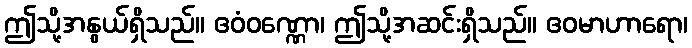
ဤသို့အနွယ်ရှိသည်။ ဧဝံဝဏ္ဏော၊ ဤသို့အဆင်းရှိသည်။ ဧဝမာဟာရော၊